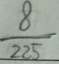
\frac { 8 } { 2 2 5 }